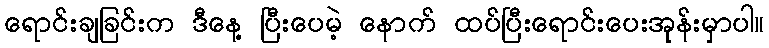
ရောင်းချခြင်းက ဒီနေ့ ပြီးပေမဲ့ နောက် ထပ်ပြီးရောင်းပေးအုန်းမှာပါ။